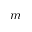
m